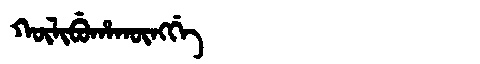
Manchu: ᡴᡡᠯᡳᠪᡠᡥᠠᡴᡡᠩᡤᡝ
Romanization: KŪLIBUHAKŪNGGE